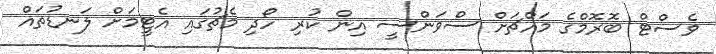
ވެސްޓް ބޮރޮމްގެ މައްޗަށް ސްވަންސީ އިން ކުރި ހޯދި މެޗުގައި އެޓީމަށް ލަނޑުތައް